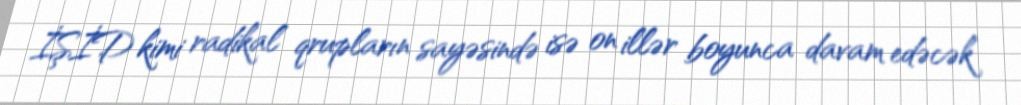
İŞİD kimi radikal qrupların sayəsində isə on illər boyunca davam edəcək